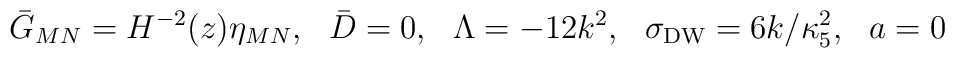
{\bar G}_{MN} = H^{-2}(z) \eta_{MN}, ~~ \bar D=0,~~ \Lambda = -12 k^2, ~~ \sigma_{\rm DW} = 6 k / \kappa_5^2 , ~~ a=0